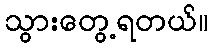
သွားတွေ့ရတယ်။